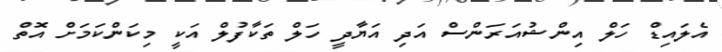
އެލައިޑް ހަލް އިންޝުއަރަންސް އަދި އަޔާދީ ހަލް ތަކާފުލް އަކީ މިކަންކަމަށް އޮތް